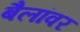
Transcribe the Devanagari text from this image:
बैलांवर